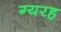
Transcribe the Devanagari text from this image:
ग्यरह